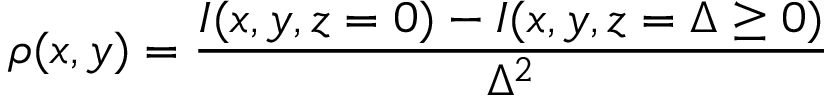
\rho ( x , y ) = \frac { I ( x , y , z = 0 ) - I ( x , y , z = \Delta \ge 0 ) } { \Delta ^ { 2 } }